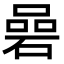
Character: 碞